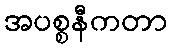
အပစ္စနီကတာ